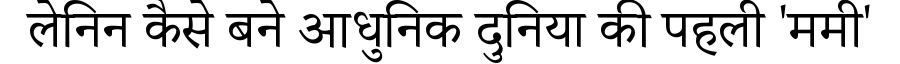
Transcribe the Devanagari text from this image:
लेनिन कैसे बने आधुनिक दुनिया की पहली 'ममी'